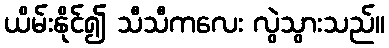
ယိမ်းနိုင်၍ သီသီကလေး လွဲသွားသည်။